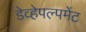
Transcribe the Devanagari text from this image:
डेव्हेपल्पमेंट